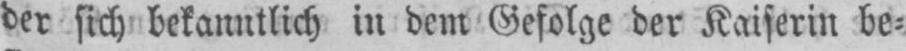
der sich bekanntlich in dem Gefolge der Kaiserin be⸗